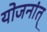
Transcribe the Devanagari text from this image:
योजनांत्‌